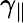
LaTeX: \gamma_{\parallel}